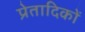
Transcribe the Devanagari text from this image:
प्रेतादिकों